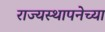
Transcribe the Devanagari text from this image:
राज्‍यस्‍थापनेच्या